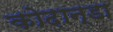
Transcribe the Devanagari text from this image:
कोढ़ान्‍डा